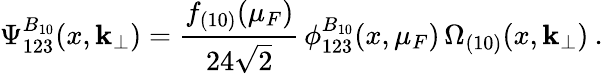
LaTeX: \Psi_{123}^{B_{10}}(x,{\mathbf k_{\perp}})=\frac{f_{(10)}(\mu_{F})}{24\sqrt{2}}\, \phi_{123}^{B_{10}}(x,\mu_{F})\, \Omega_{(10)}(x,{\mathbf k_{\perp}})\: .